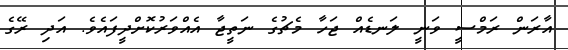
އާރަން ރަމްސީ ވަނީ ލަނޑެއް ޖަހާ މެޗުގެ ނަތީޖާ އެއްވަރުކޮށްދީފައެވެ. އަދި ރޭގެ